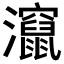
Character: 𬉬